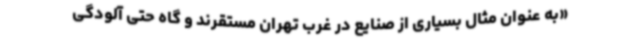
«به عنوان مثال بسیاری از صنایع در غرب تهران مستقرند و گاه حتی آلودگی